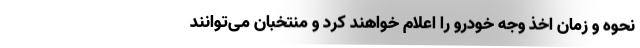
نحوه و زمان اخذ وجه خودرو را اعلام خواهند کرد و منتخبان می‌توانند